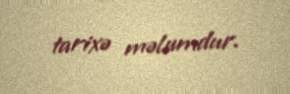
tarixə məlumdur.